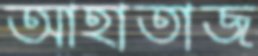
আহাতাজ